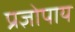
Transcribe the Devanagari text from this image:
प्रज्ञोपाय